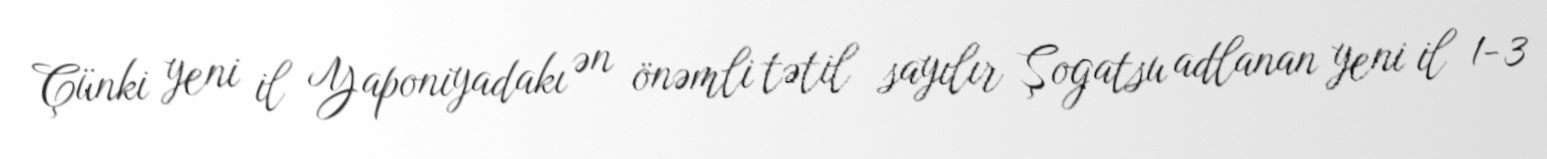
Çünki yeni il Yaponiyadakı ən önəmli tətil sayılır Şogatsu adlanan yeni il 1-3